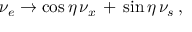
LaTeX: \nu _ { e } \to \cos \eta \, \nu _ { x } \, + \, \sin \eta \, \nu _ { s } \, ,